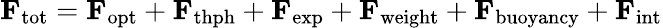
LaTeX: \mathbf{F}_{\mathrm{tot}}=\mathbf{F}_{\mathrm{opt}}+\mathbf{F}_{\mathrm{thph}}+\mathbf{F}_{\mathrm{exp}}+\mathbf{F}_{\mathrm{weight}}+\mathbf{F}_{\mathrm{buoyancy}}+\mathbf{F}_{\mathrm{int}}